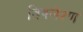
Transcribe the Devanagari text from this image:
विषलेश्ण